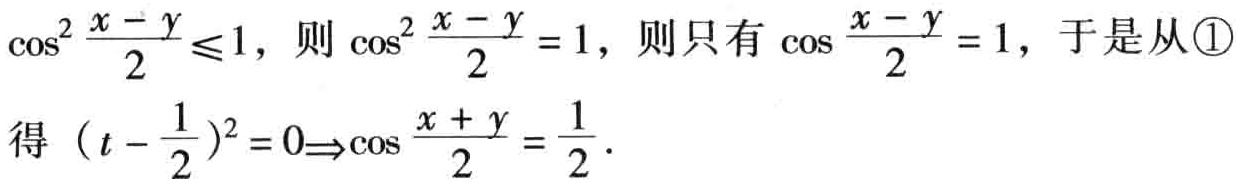
$\cos ^{2}\frac{x - y}{2}\leqslant1$，则$\cos ^{2}\frac{x - y}{2}=1$，则只有$\cos\frac{x - y}{2}=1$，于是从\textcircled{1}
得$(t-\frac{1}{2})^{2}=0\Rightarrow\cos\frac{x + y}{2}=\frac{1}{2}$.